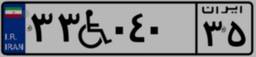
۴۶W۸۸۳۳۵